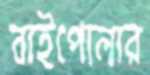
বাইপোলার